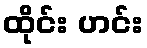
ထိုင်း ဟင်း